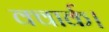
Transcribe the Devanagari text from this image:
क्वार्क।